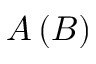
A \left( B \right)